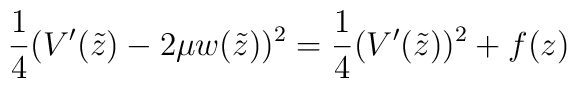
\frac 14(V'(\tilde z) - 2\mu w(\tilde z))^2 =\frac 14(V'(\tilde z))^2+ f(z)